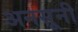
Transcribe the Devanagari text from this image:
अनसूनी